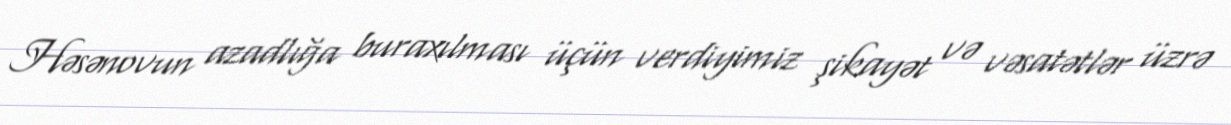
Həsənovun azadlığa buraxılması üçün verdiyimiz şikayət və vəsatətlər üzrə